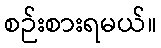
စဉ်းစားရမယ်။